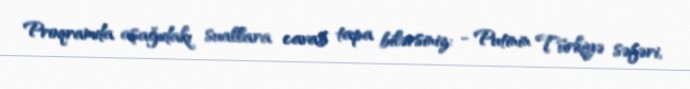
Proqramda aşağıdakı suallara cavab tapa bilərsiniz: - Putinin Türkiyə səfəri,